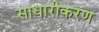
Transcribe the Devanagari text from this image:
साधारीकरण